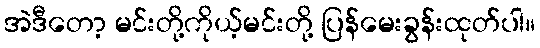
အဲဒီတော့ မင်းတို့ကိုယ့်မင်းတို့ ပြန်မေးခွန်းထုတ်ပါ။